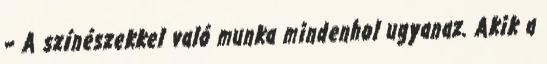
– A színészekkel való munka mindenhol ugyanaz. Akik a